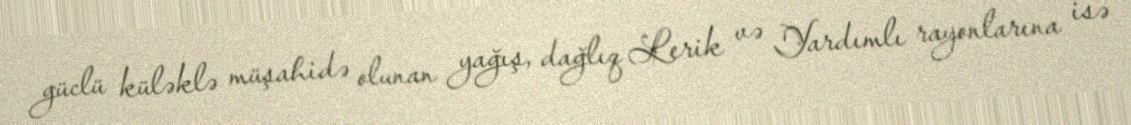
güclü küləklə müşahidə olunan yağış, dağlıq Lerik və Yardımlı rayonlarına isə